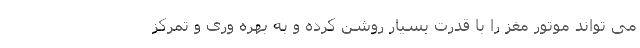
می تواند موتور مغز را با قدرت بسیار روشن کرده و به بهره وری و تمرکز